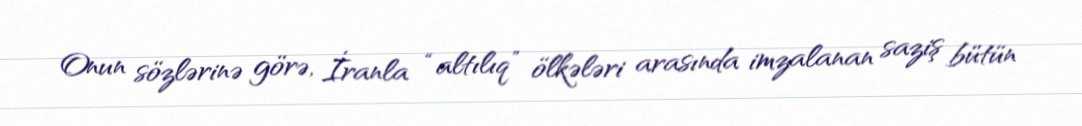
Onun sözlərinə görə, İranla “altılıq” ölkələri arasında imzalanan saziş bütün